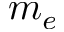
m _ { e }